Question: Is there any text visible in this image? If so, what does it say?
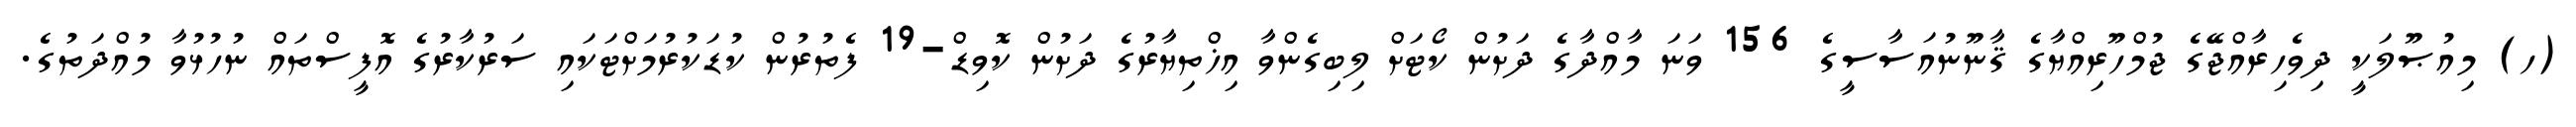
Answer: (ހ) މިއުޞޫލަކީ ދިވެހިރާއްޖޭގެ ޖުމްހޫރިއްޔާގެ ޤާނޫނުއަސާސީގެ 156 ވަނަ މާއްދާގެ ދަށުން ކޯޓަށް ލިބިގެންވާ އިޚްތިޔާރުގެ ދަށުން ކޮވިޑް-19 ފެތުރުން ކުޑަކުރުމަށްޓަކައި ސަރުކާރުގެ އޮފީސްތައް ނުހުޅުވާ މުއްދަތުގެ.